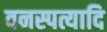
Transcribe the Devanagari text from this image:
वनस्पत्यादि